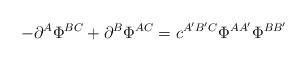
LaTeX: \begin{align*} -\partial^A\Phi^{BC}+\partial^B \Phi^{AC}=c^{A'B'C}\Phi^{AA'}\Phi^{BB'}\end{align*}